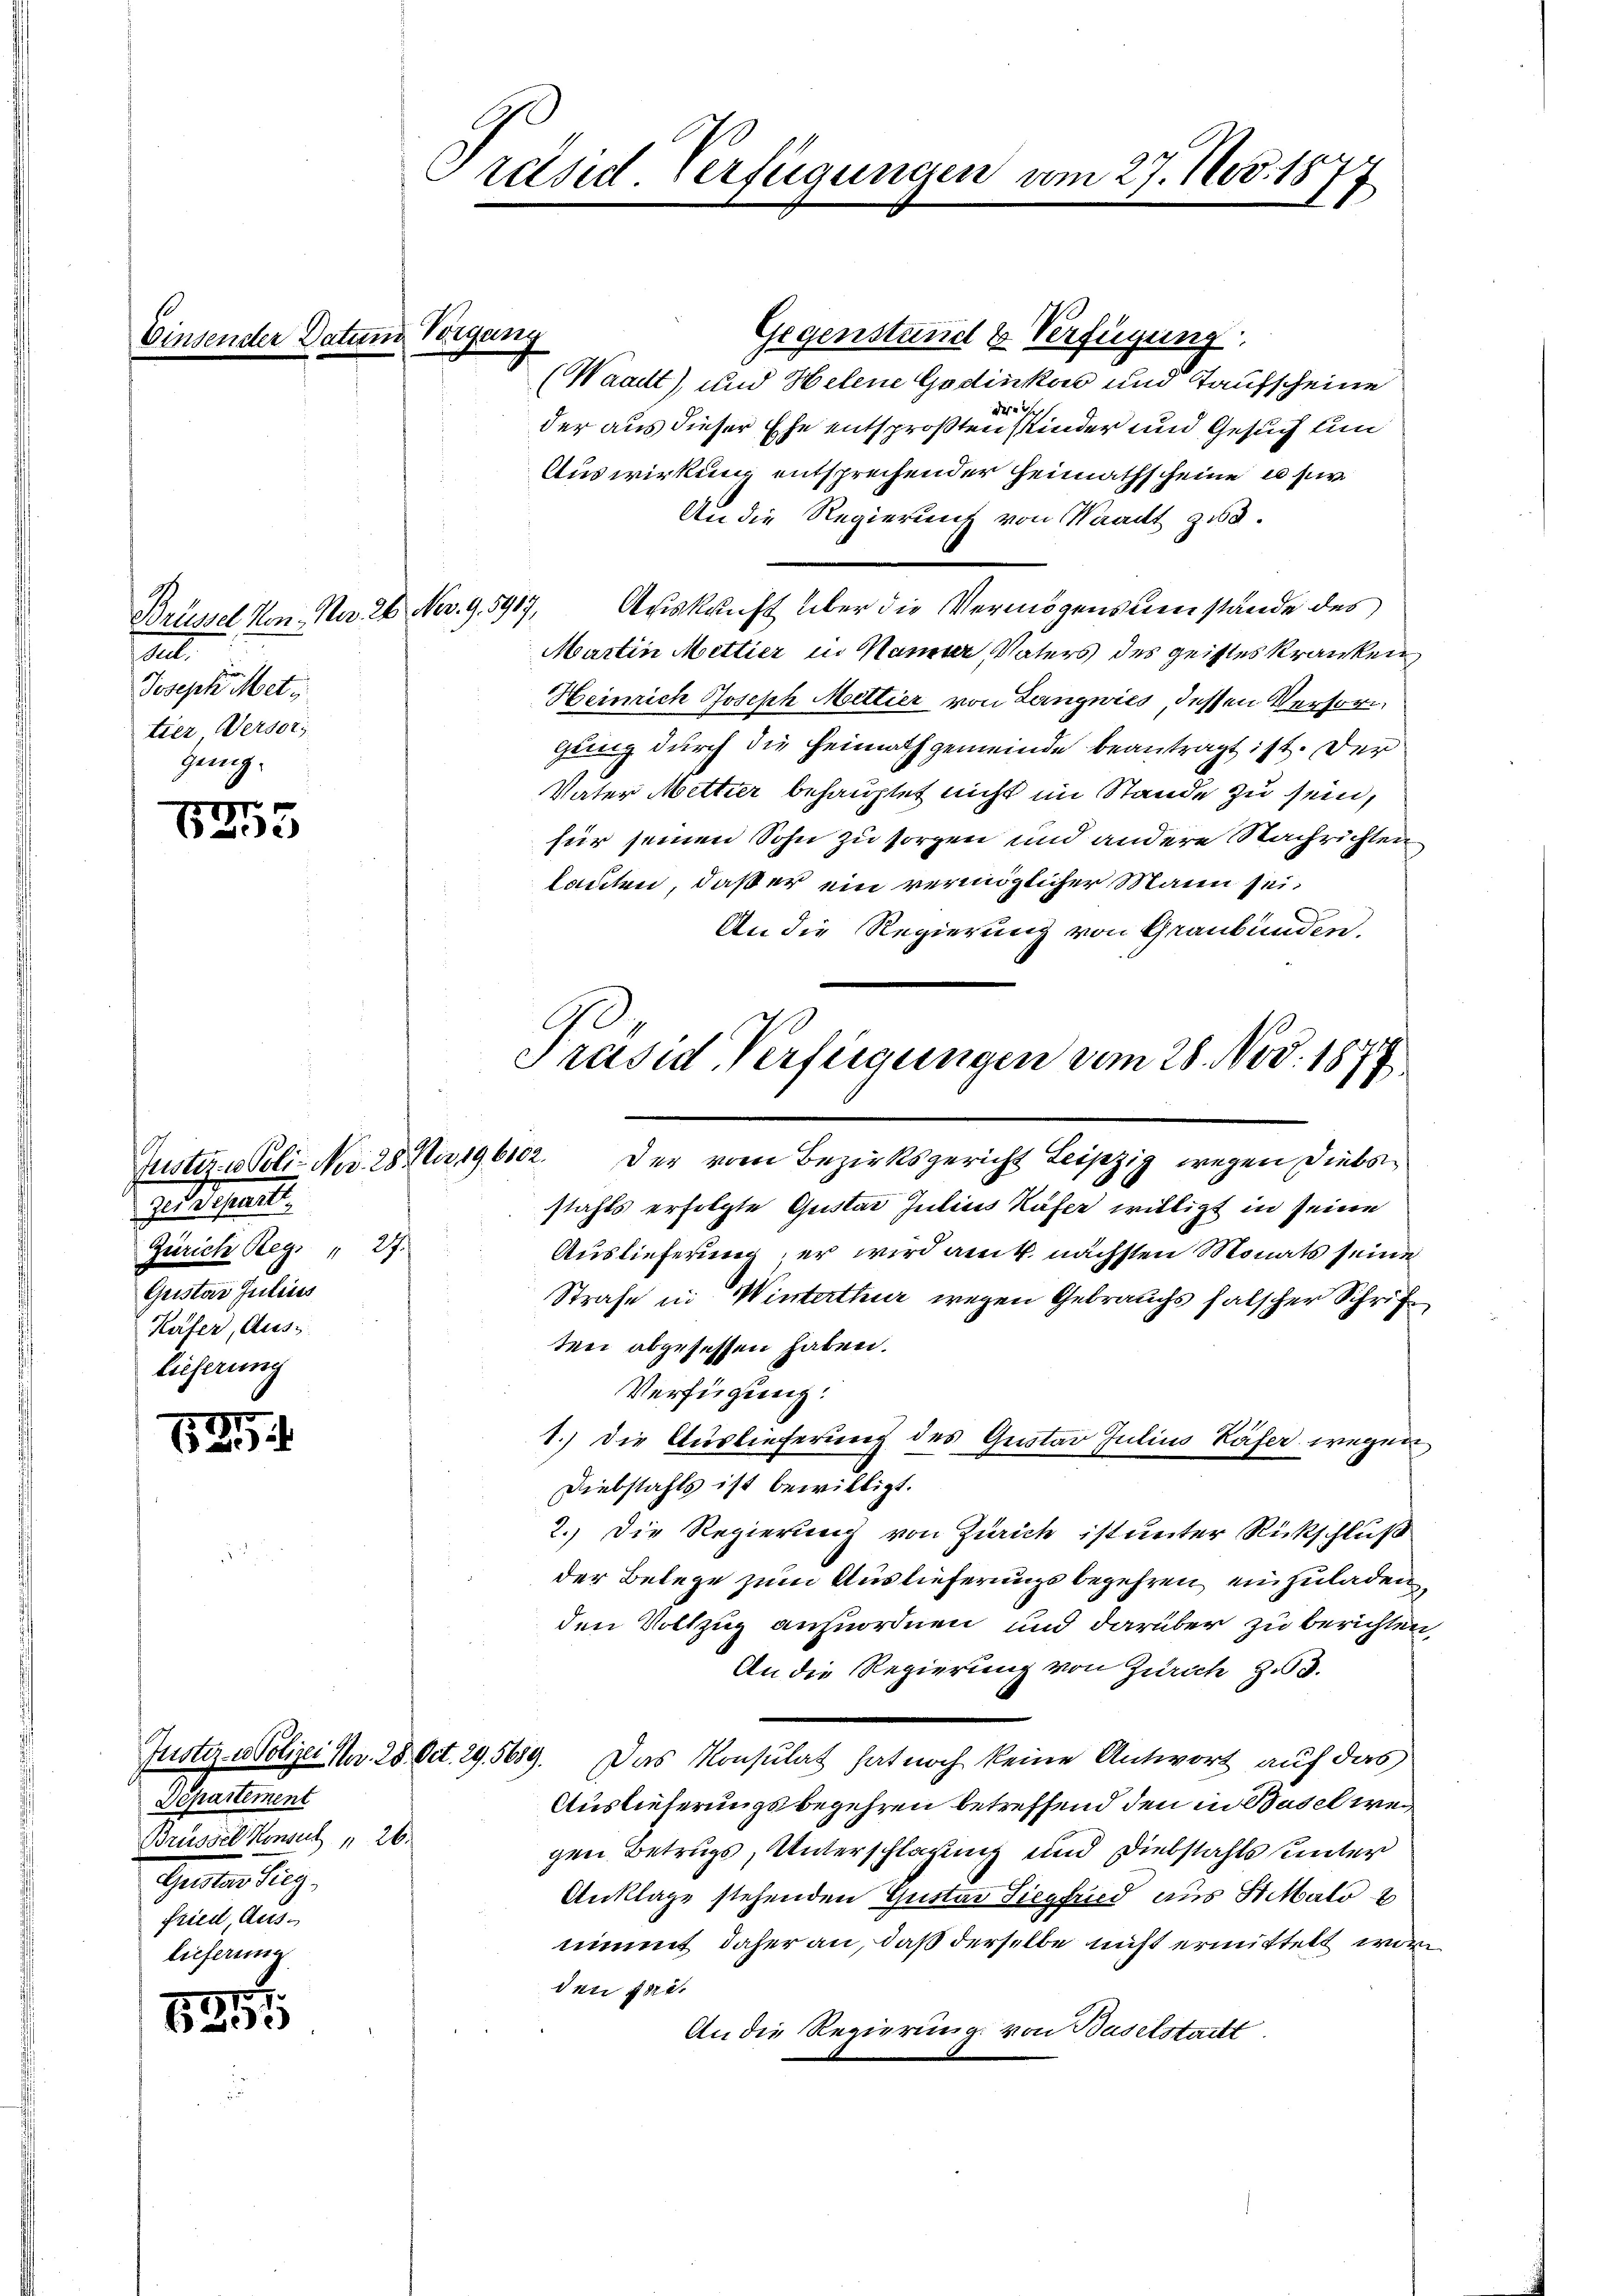
Einsender Datum Vigung

r
)

185

1819

.
Joseph Metz
tier, Versorg
genug.

Brüssel Hon. Nr. 26. Nov. 9. 5917,

Zueignet.
Zürich Reg. " 27.
Quistor Julius
Küfer, Aus¬
Lieferung

Departement
Brüssel Konsul 26.
Gaetan hier.
fried, Auslieferung

Präsid. Verfügungen vom 27. Nov. 1874
1

Gegenstand & Verfügung
(Waadt), und Helene Godinkers und Taufscheine
dese ich
der aus dieser Ehe entsprosten Kinder und Gesuch un
Auswirkung entsprechender Heimathscheine u fr
An die Regierung von Waadt zu.
Auskunft über die Vermögensumstände des
Martin Mettier in Kamer, Vaters des geistes Kranken,
Heinrich Joseph Mettier von Langwies, dessen Versorigung durch die Heimathgemeinde beantragt ist. Der
Vater Metter behauptet nicht im Stande zu sein,
für seinen Sohn zu sorgen und andere Nachrichten
lauten, daß er ein vermöglicher Mann sei,
An die Regierung von Graubünden.
Justiz & Poli- No. 28 No 196102. Der vom Bezirksgericht Leipzig wegen Diebsstahls erfolgte Gustad Julius Käfer willigt in seine
Auslieferung, er wird auf nächsten Monats seine
Strafe in Winterthur wegen Gebrauchs falscher Schriftei abgesessen haben.
Verfügung:
1.) Die Auslieferung des Gustav Julius Käfer wegen
Diebstahls ist bewilligt.
2.) Die Regierung von Zürich ist unter Rückschluß
der Belege zum Auslieferungsbegehren einzuladen,
den Vollzug anzuordnen, und darüber zu berichten,
An die Regierung von Zürich z.3.
Justiz- & Polizei Nr. 28. Oct. 29. 5659. Das Konsulat hat noch keine Antwort auf das
Auslieferungsbegehren betreffend den in Basel wegen Betrugs, Unterschlagung und Diebstahls unter
Anklage stehenden Gustav Siegfried aus St. Malo
nimmt daher an, daß derselbe nicht ermittelt wor
den Per
An die Regierung von Baselstadtt

Präsid. Verfügungen vom 28. Nov. 1879